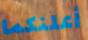
أعلنكما